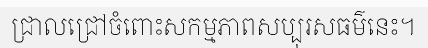
ជ្រាលជ្រៅចំពោះសកម្មភាពសប្បុរសធម៌នេះ។